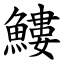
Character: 䱾